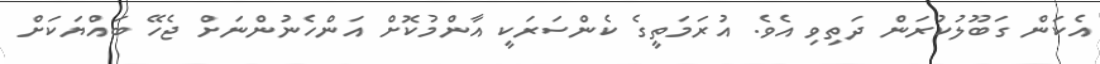
އެކަން ގަބޫލުކުރަން ދަތިވި އެވެ. އުރަމަތީގެ ކެންސަރަކީ އާންމުކޮށް އަންހެނުންނަށް ޖެހޭ ބައްޔަކަށް